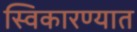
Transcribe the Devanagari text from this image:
स्विकारण्यात